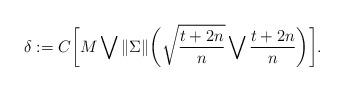
LaTeX: \begin{align*}\delta:=C\biggl[M\bigvee \|\Sigma\|\biggl(\sqrt{\frac{t+2n}{n}}\bigvee \frac{t+2n}{n}\biggr)\biggr].\end{align*}